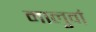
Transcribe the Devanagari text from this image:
मालुवां